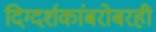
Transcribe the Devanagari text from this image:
दिग्दर्शकांबरोबरही